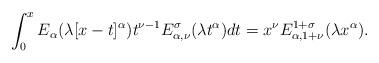
LaTeX: \begin{align*} \int_0^x E_{\alpha}(\lambda [x-t]^\alpha) t^{\nu-1} E^\sigma_{\alpha,\nu}(\lambda t^\alpha)dt=x^{\nu}E^{1+\sigma}_{\alpha,1+\nu}(\lambda x^\alpha).\end{align*}